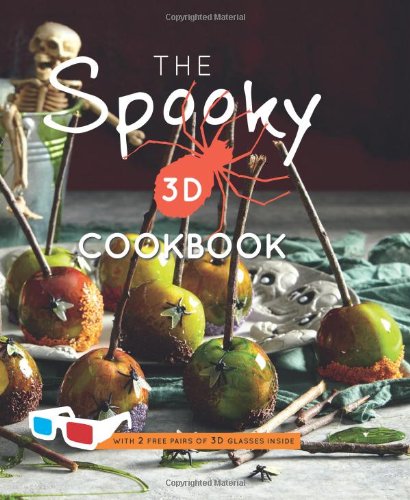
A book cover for The Spooky 3D Cookbook; P. McNally; Cookbooks, Food & Wine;